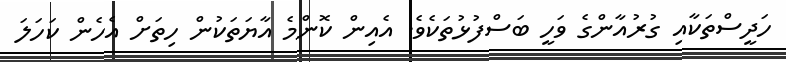
ހަދީސްތަކާއި ގުރުއާންގެ ވަހީ ބަސްފުޅުތަކެވެ. އެއިން ކޮންމެ އާޔަތަކުން ހިތަށް އެހެން ކަހަލަ